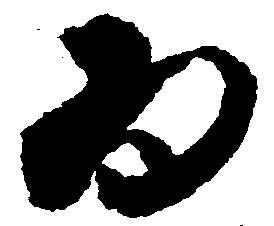
為